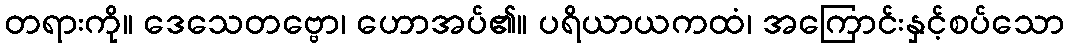
တရားကို။ ဒေသေတဗ္ဗော၊ ဟောအပ်၏။ ပရိယာယကထံ၊ အကြောင်းနှင့်စပ်သော